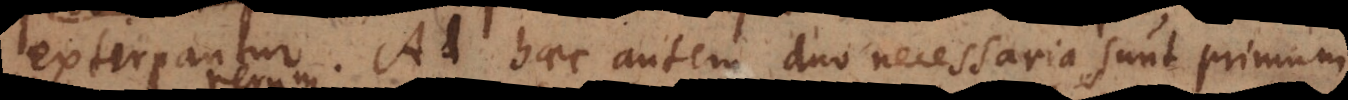
extirpantur. Ad haec autem duo necessaria sunt scienti